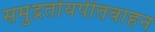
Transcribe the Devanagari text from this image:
समुद्रतोयपीतवाहन